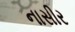
નાસીર